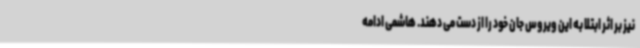
نیز بر اثر ابتلا به این ویروس جان خود را از دست می دهند. هاشمی ادامه